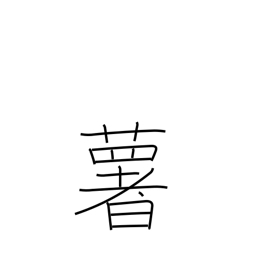
Meaning: potato